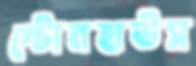
স্টোনহাউস